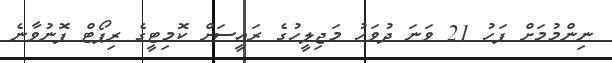
ނިންމުމަށް ފަހު 21 ވަނަ ދުވަހު މަޖިލީހުގެ ރައީސަށް ކޮމިޓީގެ ރިޕޯޓް ފޮނުވާނެ